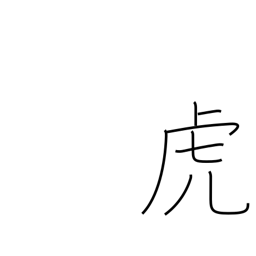
Meaning: drunkard